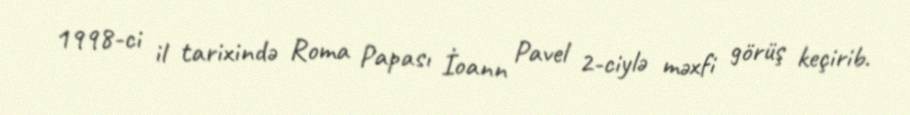
1998-ci il tarixində Roma Papası İoann Pavel 2-ciylə məxfi görüş keçirib.